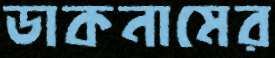
ডাকনামের